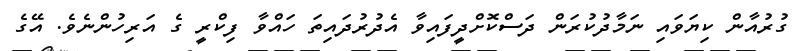
ގުރުއާން ކިޔަވައި ނަމާދުކުރަން ދަސްކޮށްދީފައިވާ އެދުރުދައިތަ ހައްވާ ފިކްރީ ގެ އަރިހުންނެވެ. އޭގެ